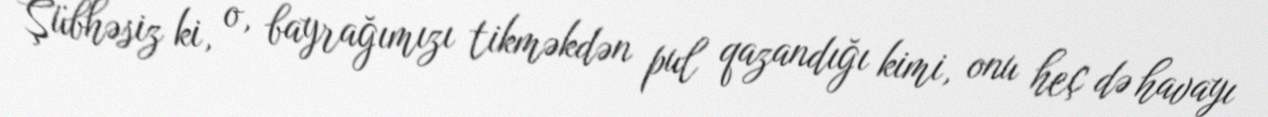
Şübhəsiz ki, o, bayrağımızı tikməkdən pul qazandığı kimi, onu heç də havayı